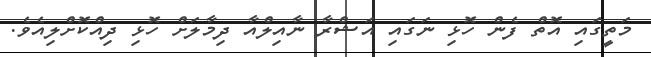
މަތީގައި އޮތް ފެން ހޮޅި ނަގައި އަޝްރާ ނާއިލްއާ ދިމާލަށް ހޮޅި ދިއްކޮށްލިއެވެ.